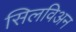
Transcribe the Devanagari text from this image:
सिलविअन